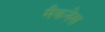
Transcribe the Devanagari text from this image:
मैकनेस